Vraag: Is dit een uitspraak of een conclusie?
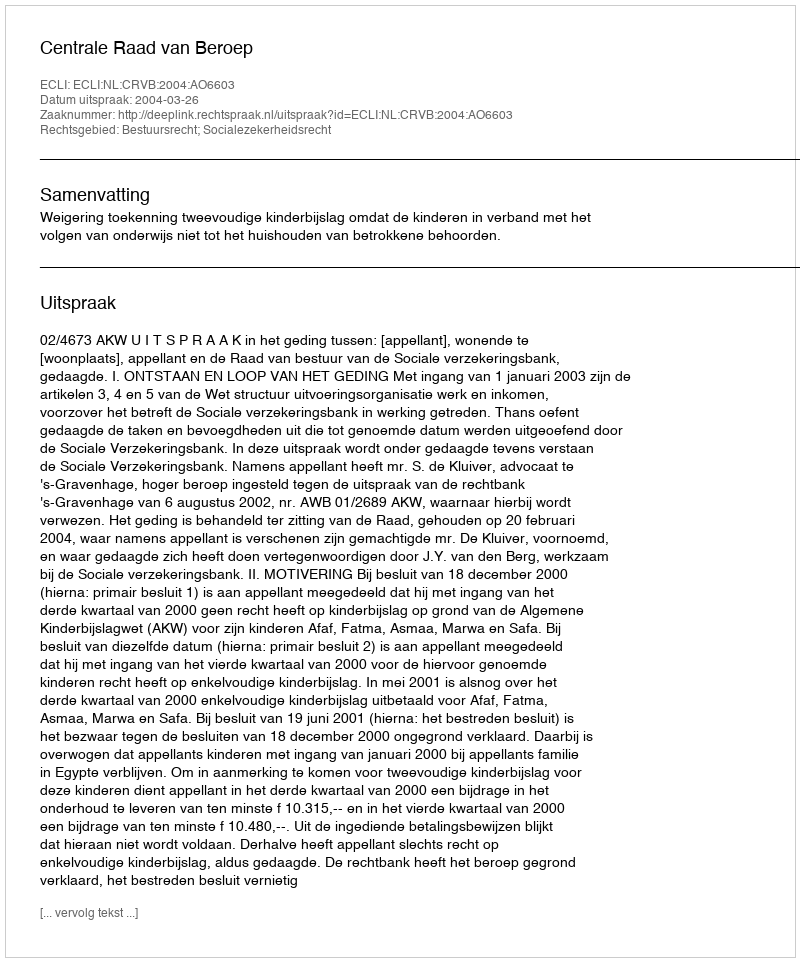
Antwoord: Uitspraak